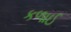
કળાઈ